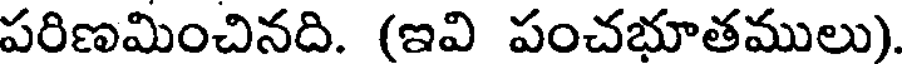
పరిణమించినది. (ఇవి పంచభూతములు).